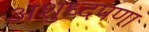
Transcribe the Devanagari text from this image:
अशुध्दपणा